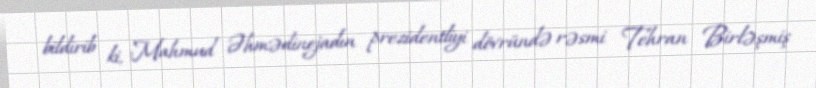
bildirib ki, Mahmud Əhmədinejadın prezidentliyi dövründə rəsmi Tehran Birləşmiş